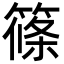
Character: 篠